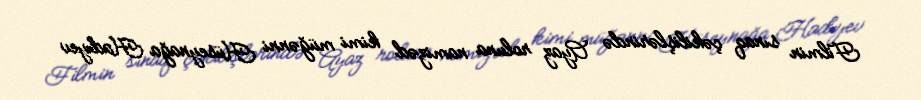
Filmin sınaq çəkilişlərində Ayaz roluna namizəd kimi müğənni Hüseynağa Hadıyev